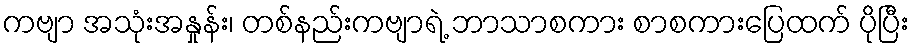
ကဗျာ အသုံးအနှုန်း၊ တစ်နည်းကဗျာရဲ့ ဘာသာစကား စာစကားပြေထက် ပိုပြီး